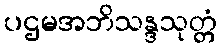
ပဌမအဘိသန္ဒသုတ္တံ